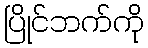
ပြိုင်ဘက်ကို